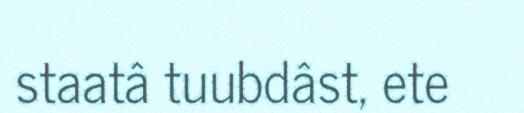
staatâ tuubdâst, ete